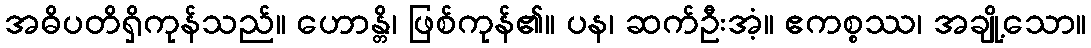
အဓိပတိရှိကုန်သည်။ ဟောန္တိ၊ ဖြစ်ကုန်၏။ ပန၊ ဆက်ဦးအံ့။ ဧကစ္စဿ၊ အချို့သော။